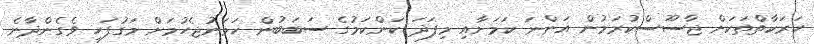
ހަރަކާތްތަކަށް ޖާސޫސްކުރަމުން އަންނަ ކަމަށާއި މިފަދަ ކަންކަމުގެ ސަބަބުން ހަމަނުޖެހުމަށް މަގުފަހި ވެގެންދާނެ